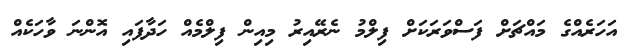
އަހަރެއްގެ މައްޗަށް ފަސްވަރަކަށް ފިލްމު ނެރޭއިރު މިއިން ފިލްމެއް ހަދާފައި އޮންނަ ވާހަކެއް